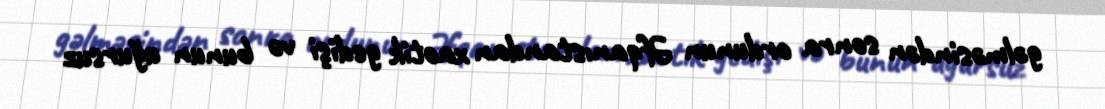
gəlməsindən sonra ordunun Əfqanıstandan xaotik gedişi və bunun uğursuz